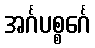
အင်္ဂပစ္စင်္ဂေ